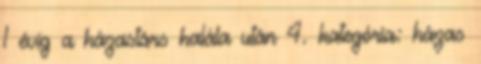
1 évig a házastárs halála után 4. kategória: házas